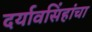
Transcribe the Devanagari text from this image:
दर्यावसिंहांचा